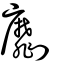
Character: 劘